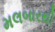
મલબારથી